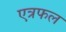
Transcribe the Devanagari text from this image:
एत्रफल